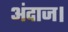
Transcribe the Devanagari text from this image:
अंदाज।